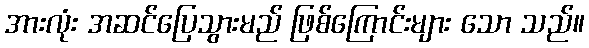
အားလုံး အဆင်ပြေသွားမည် ဖြစ်ကြောင်းများ သော သည်။